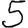
Digit: 5